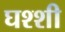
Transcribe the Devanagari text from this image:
घश्शी